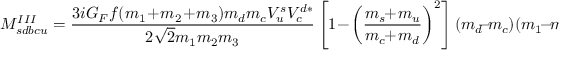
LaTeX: M _ { s d b c u } ^ { I I I } = \frac { 3 i G _ { F } f ( m _ { 1 } \! + \! m _ { 2 } \! + \! m _ { 3 } ) m _ { d } m _ { c } V _ { u } ^ { s } V _ { c } ^ { d * } } { 2 \sqrt { 2 } m _ { 1 } m _ { 2 } m _ { 3 } } \left[ 1 \! - \! \left( \frac { m _ { s } \! \! + \! m _ { u } } { m _ { c } \! \! + \! m _ { d } } \right) ^ { 2 } \right] ( m _ { d } \! \! - \! m _ { c } ) ( m _ { 1 } \! - \! m _ { 2 } \! - \! m _ { 3 } ) .